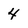
Character: 4